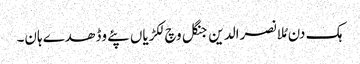
ہک دن مُلا نصرالدین جنگل وچ لکڑیاں پئے وڈھدے ہان۔